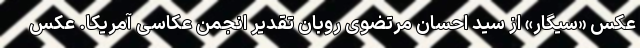
عکس «سیگار» از سید احسان مرتضوی روبان تقدیر انجمن عکاسی آمریکا. عکس